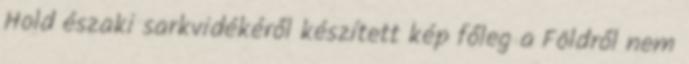
Hold északi sarkvidékéről készített kép főleg a Földről nem